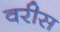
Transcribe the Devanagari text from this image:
वरीस